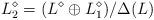
LaTeX: \begin{align*} L^\diamond_2=( L^\diamond\oplus L^\diamond_1)/\Delta(L)\end{align*}